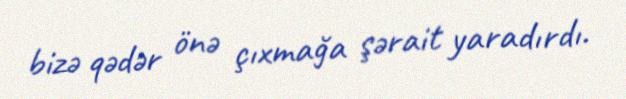
bizə qədər önə çıxmağa şərait yaradırdı.